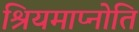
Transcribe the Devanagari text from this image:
श्रियमाप्नोति